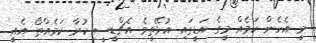
މީ އެހެން ކަމެއް މީގެ އަޑީގައި އުޅޭތީވެ އެޗްޑީސީ ކުރާ ކަމެއްތޯ އެއީ